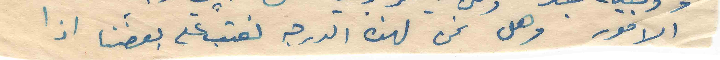
الامور وهل نحن لهذه الدرجة نعتب على بعضنا اذا